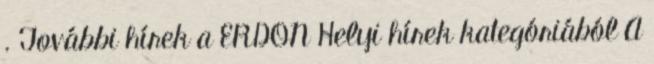
. További hírek a ERDON Helyi hírek kategóriából A